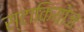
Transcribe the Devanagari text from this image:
स्टाकियोज